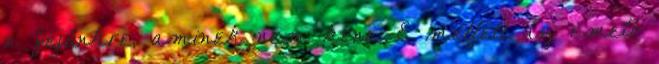
a fejünkre, aminek nem kéne. E mellett az emelő